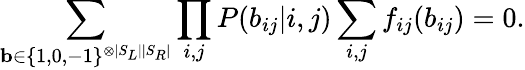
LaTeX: \sum_{\mathbf{b}\in\{ 1,0,-1\} ^{\otimes|S_{L}||S_{R}|}}\prod_{i,j}P(b_{ij}|i,j)\sum_{i,j}f_{ij}(b_{ij})=0.